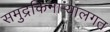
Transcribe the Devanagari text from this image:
समुद्रकिनार्‍यालगत